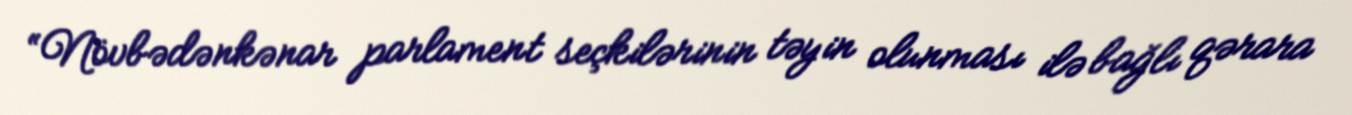
“Növbədənkənar parlament seçkilərinin təyin olunması ilə bağlı qərara